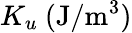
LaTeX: K_{u}\ \mathrm{(J/m^{3})}